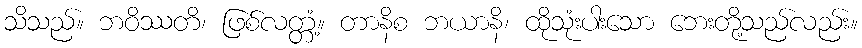
သိသည်။ ဘဝိဿတိ၊ ဖြစ်လတ္တံ့။ တာနိစ ဘယာနိ၊ ထိုသုံးပါးသော ဘေးတို့သည်လည်း။